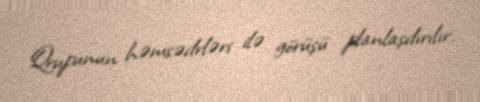
Qrupunun həmsədrləri ilə görüşü planlaşdırılır.